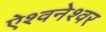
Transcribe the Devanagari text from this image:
ऐश्वनेश्वर